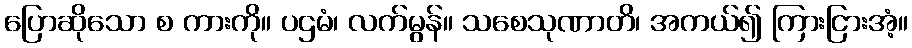
ပြောဆိုသော စ ကားကို။ ပဌမံ၊ လက်မွန်။ သစေသုဏာတိ၊ အကယ်၍ ကြားငြားအံ့။